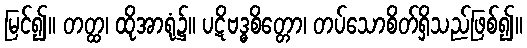
မြင်၍။ တတ္ထ၊ ထိုအာရုံ၌။ ပဋိဗဒ္ဓစိတ္တော၊ တပ်သောစိတ်ရှိသည်ဖြစ်၍။